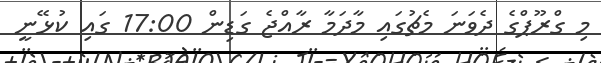
މި ގްރޫޕްގެ ދެވަނަ މެޗުގައި މާދަމާ ރާއްޖެ ގަޑިން 17:00 ގައި ކުޅޭނީ